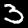
Label: 3